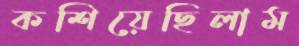
কশিয়েছিলাম